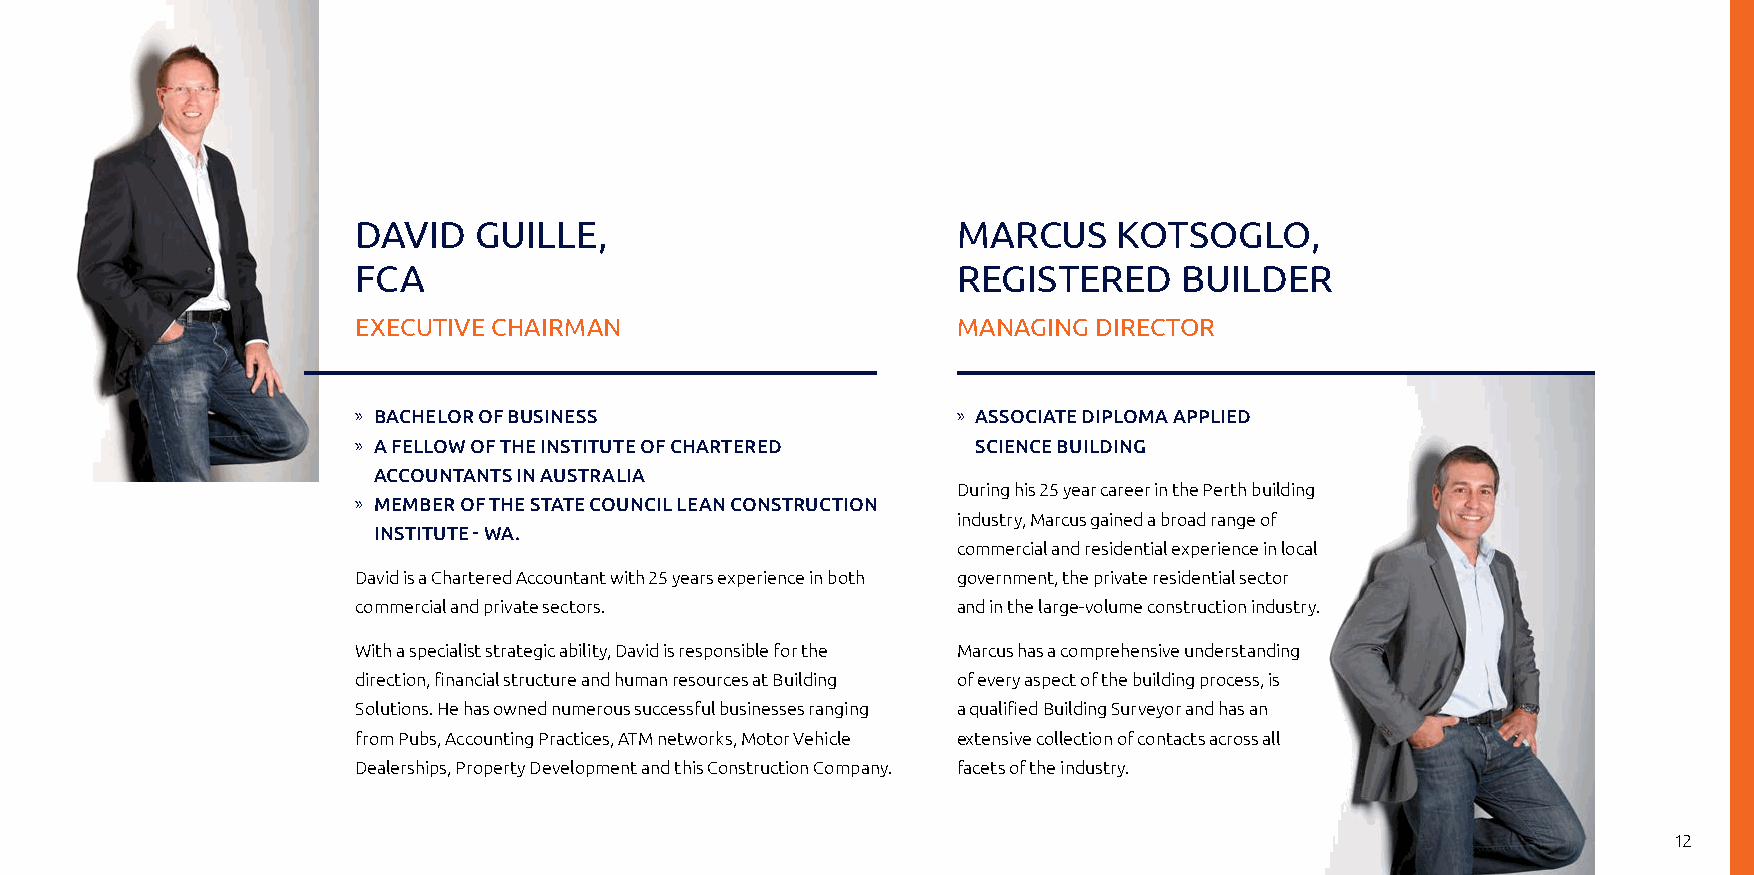
DaVID  GUILLe,                         MarCUS     KoTSoGLo,
 FCa                                    reGISTereD     BUILDer
 eXeCUTIVe ChaIrMaN                     MaNaGING  DIreCTor
 » BACHELOR OF BUSINESS                 » ASSOCIATE DIPLOMA APPLIED
 » A FELLOW OF THE INSTITUTE OF CHARTERED SCIENCE BUILDING
 ACCOUNTANTS IN AUSTRALIA
 During his 25 year career in the Perth building
 » MEMBER OF THE STATE COUNCIL LEAN CONSTRUCTION
 industry, Marcus gained a broad range of
 INSTITUTE - WA.
 commercial and residential experience in local
 David is a Chartered Accountant with 25 years experience in both government, the private residential sector
 commercial and private sectors.        and in the large-volume construction industry.
 With a specialist strategic ability, David is responsible for the Marcus has a comprehensive understanding
 direction, financial structure and human resources at Building of every aspect of the building process, is
 Solutions. He has owned numerous successful businesses ranging a qualified Building Surveyor and has an
 from Pubs, Accounting Practices, ATM networks, Motor Vehicle extensive collection of contacts across all
 Dealerships, Property Development and this Construction Company. facets of the industry.
 12